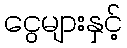
ငွေများနှင့်